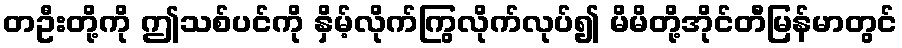
တဦးတို့ကို ဤသစ်ပင်ကို နှိမ့်လိုက်ကြွလိုက်လုပ်၍ မိမိတို့အိုင်တီမြန်မာတွင်